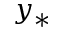
y _ { * }